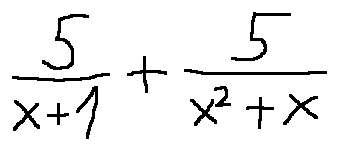
\frac { 5 } { x + 1 } + \frac { 5 } { x ^ { 2 } + x }